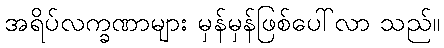
အရိပ်လက္ခဏာများ မှန်မှန်ဖြစ်ပေါ်လာ သည်။